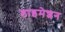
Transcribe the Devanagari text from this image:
डाइमेशन